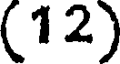
(12)